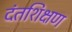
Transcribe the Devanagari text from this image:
दंतशिक्षण